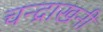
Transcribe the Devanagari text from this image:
चन्द्राखनी